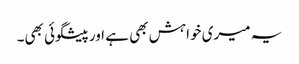
یہ میری خواہش بھی ہے اور پیشگوئی بھی۔